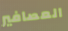
العصافير